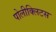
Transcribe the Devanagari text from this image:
पोलीक्लिटस